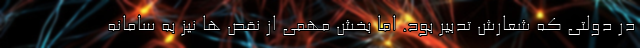
در دولتی که شعارش تدبیر بود. اما بخش مهمی از نقص ها نیز به سامانه